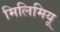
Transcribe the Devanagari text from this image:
मिलिमियू